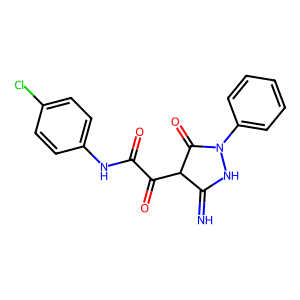
SMILES: N=C1NN(c2ccccc2)C(=O)C1C(=O)C(=O)Nc1ccc(Cl)cc1
Inhibits HIV replication: No